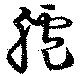
臚